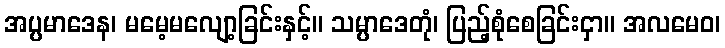
အပ္ပမာဒေန၊ မမေ့မလျော့ခြင်းနှင့်။ သမ္ပာဒေတုံ၊ ပြည့်စုံစေခြင်းငှာ။ အလမေဝ၊